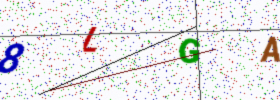
Text: 8LGA